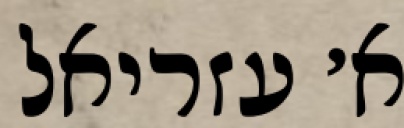
א׳ עזריאל